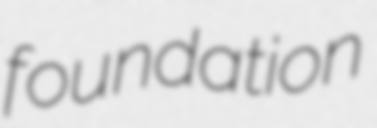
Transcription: foundation